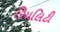
રિયલિટી